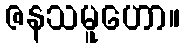
ဇနသမူဟော။